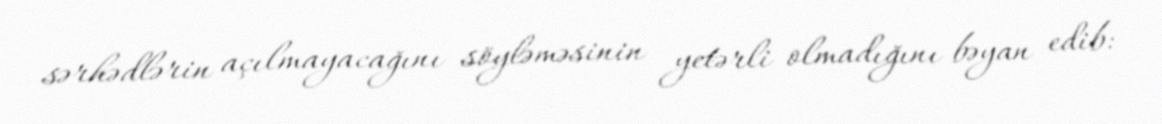
sərhədlərin açılmayacağını söyləməsinin yetərli olmadığını bəyan edib: